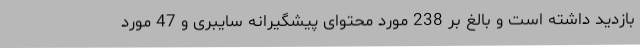
بازدید داشته است و بالغ بر 238 مورد محتوای پیشگیرانه سایبری و 47 مورد